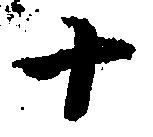
十